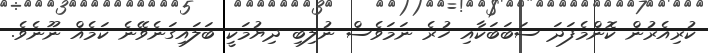
ކުރިއެރުން ކޮންމެފަދަ ސަބަބަކާއި ހުރެ ނަމަވެސް ނުލިބި ދިޔުމަކީ ބަލައިގަނެވޭނެ ކަމެއް ނޫނެވެ.